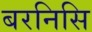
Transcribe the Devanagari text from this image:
बरनिसि